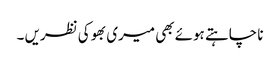
نا چاہتے ہوئے بھی میری بھوکی نظریں ۔